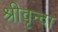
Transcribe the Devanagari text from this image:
श्रीवृन्दा